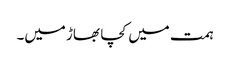
ہمت میں کچا بھاڑ میں۔